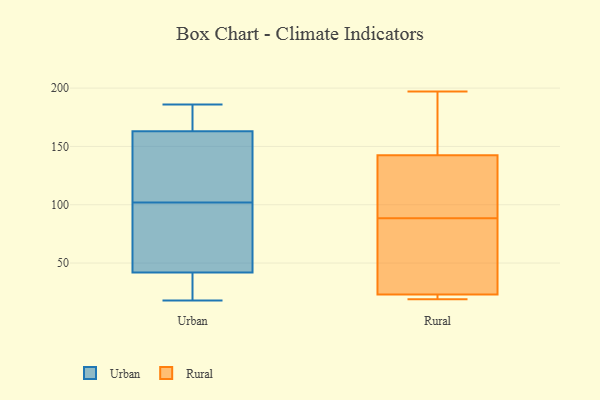
{"axis": {"x": "Population (Million)", "y": "Value"}, "legend": ["Rural", "Urban"], "data": [{"x": "", "y": 144, "type": "Urban"}, {"x": "", "y": 146, "type": "Urban"}, {"x": "", "y": 18, "type": "Urban"}, {"x": "", "y": 68, "type": "Urban"}, {"x": "", "y": 40, "type": "Urban"}, {"x": "", "y": 186, "type": "Urban"}, {"x": "", "y": 163, "type": "Urban"}, {"x": "", "y": 126, "type": "Urban"}, {"x": "", "y": 32, "type": "Urban"}, {"x": "", "y": 78, "type": "Urban"}, {"x": "", "y": 184, "type": "Urban"}, {"x": "", "y": 181, "type": "Urban"}, {"x": "", "y": 42, "type": "Urban"}, {"x": "", "y": 59, "type": "Urban"}, {"x": "", "y": 22, "type": "Rural"}, {"x": "", "y": 100, "type": "Rural"}, {"x": "", "y": 77, "type": "Rural"}, {"x": "", "y": 197, "type": "Rural"}, {"x": "", "y": 72, "type": "Rural"}, {"x": "", "y": 21, "type": "Rural"}, {"x": "", "y": 147, "type": "Rural"}, {"x": "", "y": 138, "type": "Rural"}, {"x": "", "y": 119, "type": "Rural"}, {"x": "", "y": 19, "type": "Rural"}, {"x": "", "y": 24, "type": "Rural"}, {"x": "", "y": 182, "type": "Rural"}]}